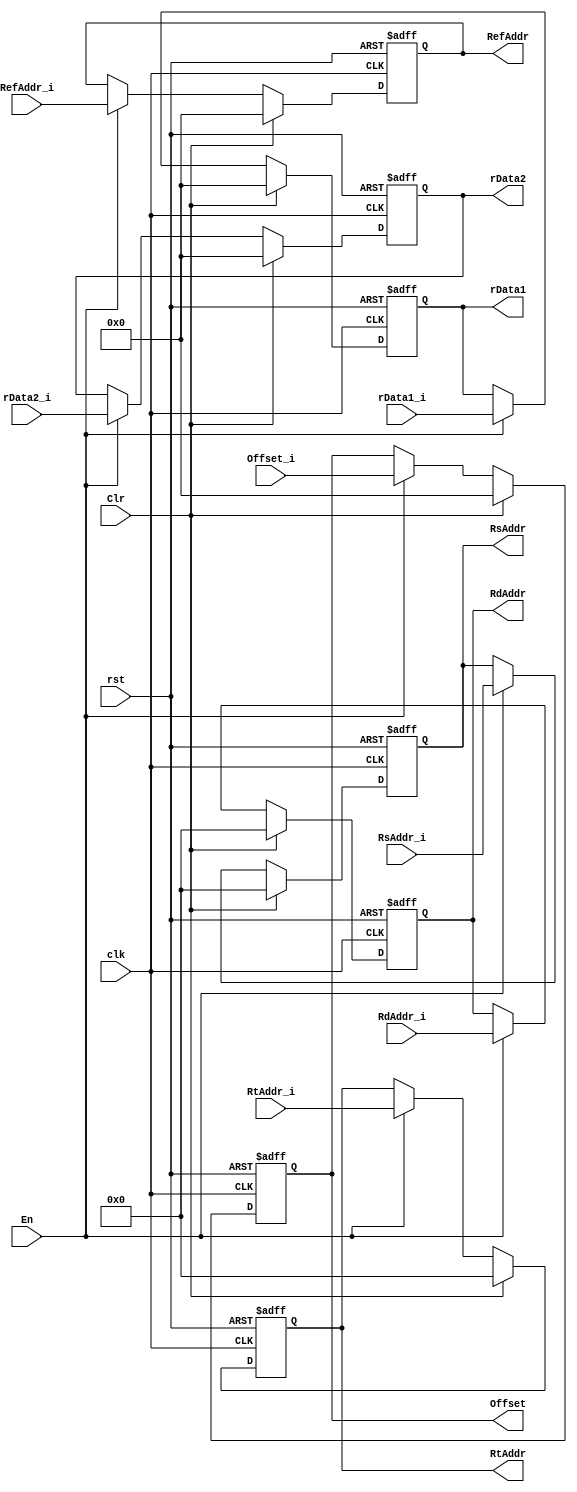
module ID_Register (clk,rst,En,Clr,RefAddr_i,rData1_i,rData2_i,Offset_i,RsAddr_i,RtAddr_i,RdAddr_i,RefAddr,rData1,rData2,Offset,RsAddr,RtAddr,RdAddr);

	input clk, rst;
	input En,Clr;
	input[31:0] RefAddr_i;
	input[31:0] rData1_i, rData2_i;
	input[31:0] Offset_i;
	input[4:0] RsAddr_i, RtAddr_i, RdAddr_i;

	output[31:0] RefAddr;
	output[31:0] rData1, rData2;
	output[31:0] Offset;
	output[4:0] RsAddr, RtAddr, RdAddr;
		reg[31:0] RefAddr;
		reg[31:0] rData1, rData2;
		reg[31:0] Offset;
		reg[4:0] RsAddr, RtAddr, RdAddr;

	always @(posedge clk or negedge rst)
	begin
		if(!rst)
			{RefAddr,rData1,rData2,Offset,RsAddr,RtAddr,RdAddr} <= {32'd0,32'd0,32'd0,32'd0,5'd0,5'd0,5'd0};
		else
			if(Clr)
				{RefAddr,rData1,rData2,Offset,RsAddr,RtAddr,RdAddr} <= {32'd0,32'd0,32'd0,32'd0,5'd0,5'd0,5'd0};
			else if(En)
				{RefAddr,rData1,rData2,Offset,RsAddr,RtAddr,RdAddr} <= {RefAddr_i,rData1_i,rData2_i,Offset_i,RsAddr_i,RtAddr_i,RdAddr_i};
	end

endmodule